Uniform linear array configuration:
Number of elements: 4
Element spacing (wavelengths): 0.25
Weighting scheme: uniform
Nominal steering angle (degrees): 15
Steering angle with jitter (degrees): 13.344
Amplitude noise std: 0.05
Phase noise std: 0.05

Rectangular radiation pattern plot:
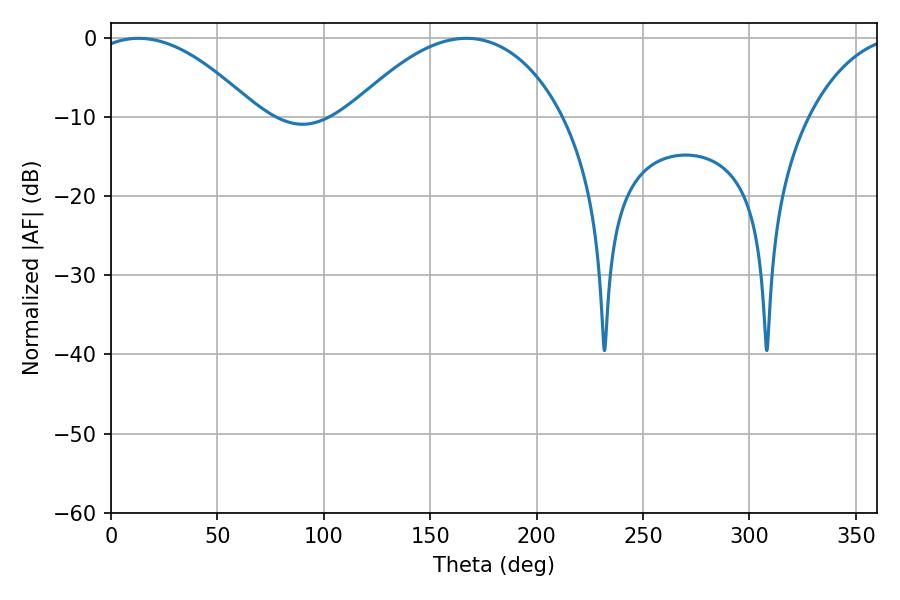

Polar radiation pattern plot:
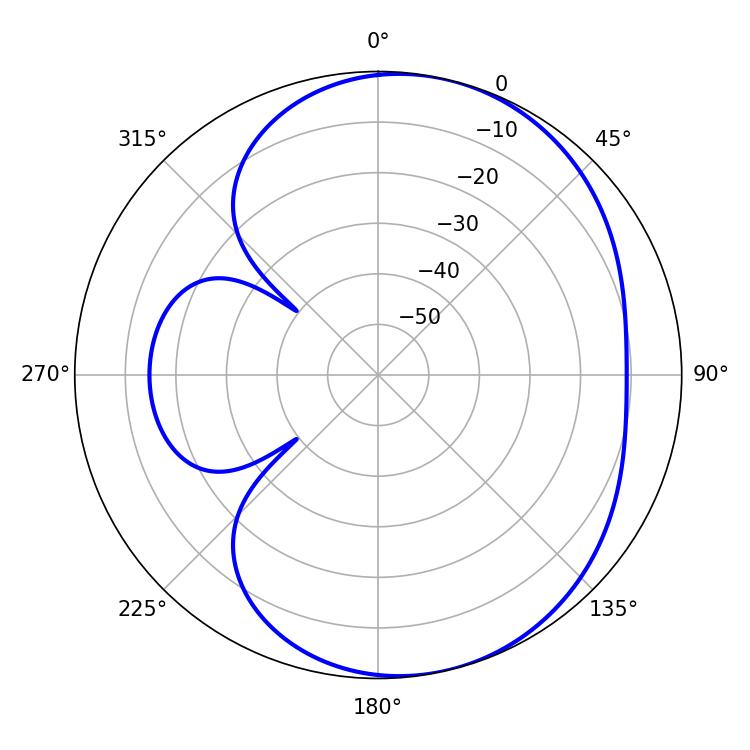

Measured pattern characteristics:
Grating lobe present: FALSE
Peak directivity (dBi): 5.499
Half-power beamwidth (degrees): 42.84
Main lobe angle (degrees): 12.96